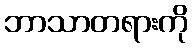
ဘာသာတရားကို